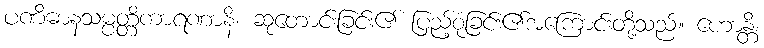
ပဏိဓာနသမ္ပတ္တိကာရဏာနိ၊ ဆုတောင်းခြင်း၏ ပြည့်စုံခြင်း၏အကြောင်းတို့သည်။ ဟောန္တိ၊